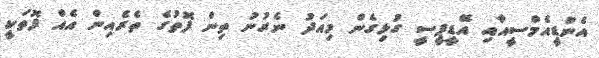
އެންޑީއެމްސީއާއި އޭޑީޕީސީ ގުޅިގެން މިއަދު ނެރުނު ތިން ފޮތުގެ ތެރެއިން އެއް ފޮތަކީ